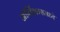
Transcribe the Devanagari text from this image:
ऑर्लिअन्समध्ये